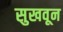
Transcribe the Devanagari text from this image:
सुखवून